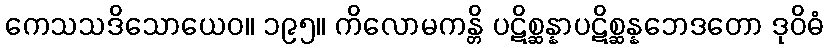
ကေသသဒိသောယေဝ။ ၁၉၅။ ကိလောမကန္တိ ပဋိစ္ဆန္နာပဋိစ္ဆန္နဘေဒတော ဒုဝိဓံ